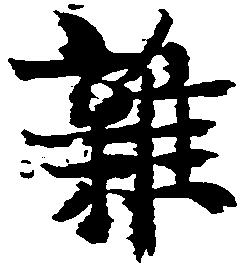
雑